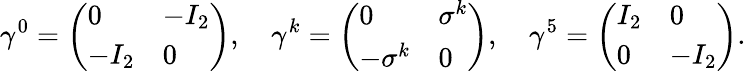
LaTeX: \gamma^{0}={\left(\begin{array}{ll}{0}&{-I_{2}}\\ {-I_{2}}&{0}\end{array}\right)},\quad\gamma^{k}={\left(\begin{array}{ll}{0}&{\sigma^{k}}\\ {-\sigma^{k}}&{0}\end{array}\right)},\quad\gamma^{5}={\left(\begin{array}{ll}{I_{2}}&{0}\\ {0}&{-I_{2}}\end{array}\right)}.